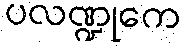
ပလဏ္ဍုကေ